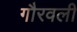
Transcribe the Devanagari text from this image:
गौरवली